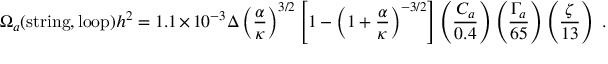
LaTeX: \Omega _ { a } ( \mathrm { s t r i n g } , \mathrm { l o o p } ) h ^ { 2 } = 1 . 1 \times 1 0 ^ { - 3 } \Delta \left( \frac { \alpha } { \kappa } \right) ^ { 3 / 2 } \left[ 1 - \left( 1 + \frac { \alpha } { \kappa } \right) ^ { - 3 / 2 } \right] \left( \frac { C _ { a } } { 0 . 4 } \right) \left( \frac { \Gamma _ { a } } { 6 5 } \right) \left( \frac { \zeta } { 1 3 } \right) \ .